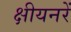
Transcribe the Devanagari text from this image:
क्षीयनरें